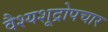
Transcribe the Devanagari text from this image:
वैश्यशूद्रोपचार